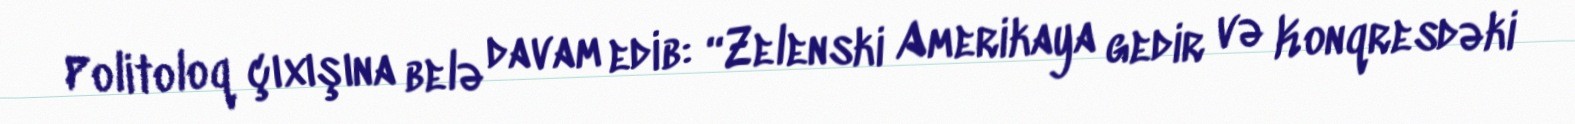
Politoloq çıxışına belə davam edib: “Zelenski Amerikaya gedir və Konqresdəki